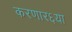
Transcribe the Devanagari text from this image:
करणार६या